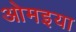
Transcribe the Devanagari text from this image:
ओमइया